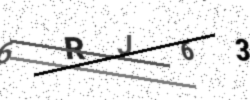
Text: 6RJ63